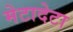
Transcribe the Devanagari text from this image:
मेटादेटा